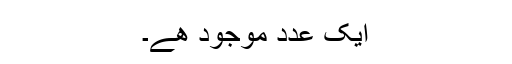
ایک عدد موجود ھے۔